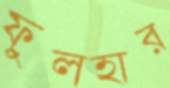
ফুলহার